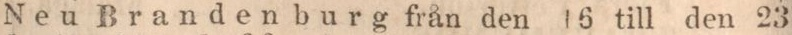
Neu Brandenburg från den 16 till den 23